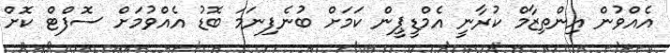
އެއްވުން އިންތިޒާމް ކުރާނީ އެމްޑީޕީން ކަމަށް ބުނެފިނަމަ ބޮޑު އެއްވުމަށް ސޮފްޓް ކޮށް